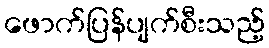
ဖောက်ပြန်ပျက်စီးသည့်